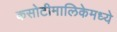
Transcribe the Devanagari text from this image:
कसोटीमालिकेमध्ये